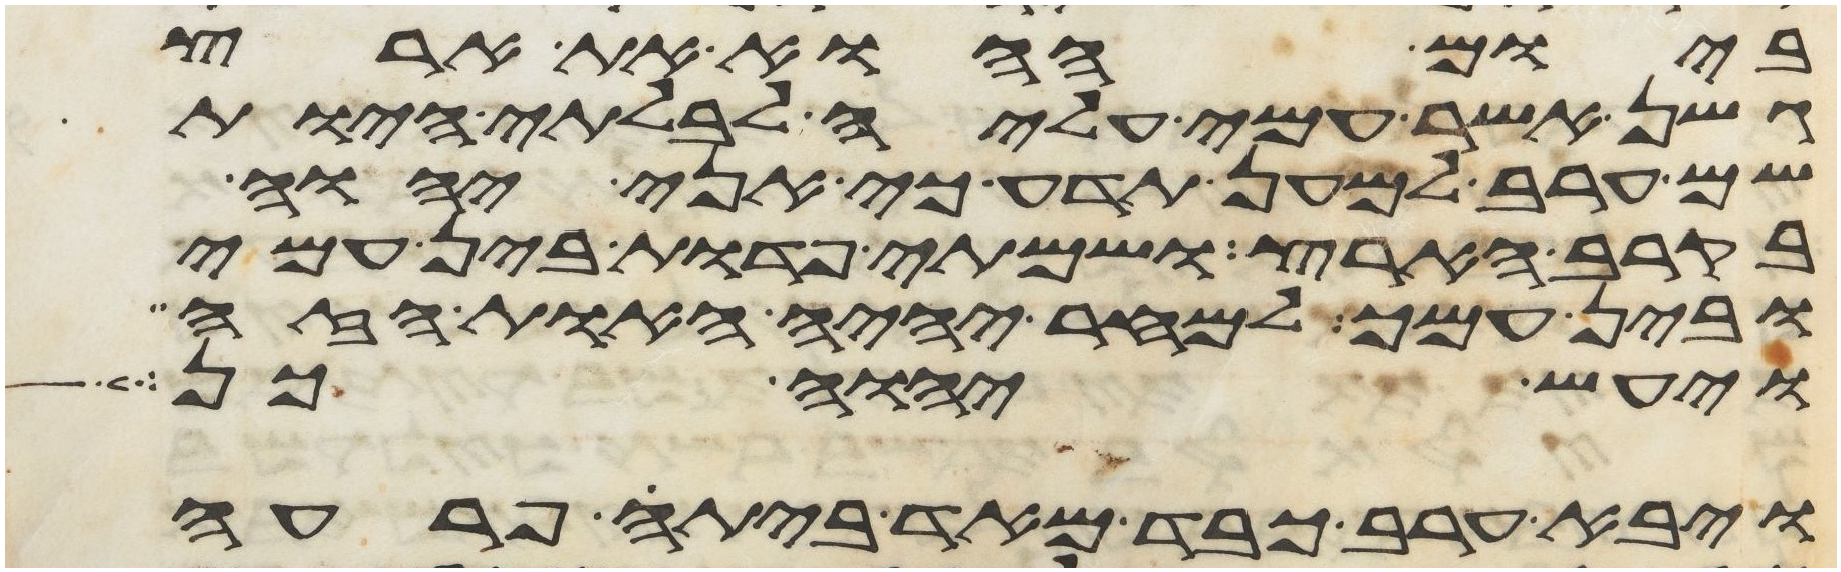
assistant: ביום ההוא את ארץ
גשן אשר עמי עמד עליה לבלתי היות
שם ערב למען תדע כי אני יהוה
בקרב הארץ ושמתי פדות בין עמי
ובין עמך למחר יהיה האות הזה
ויעש יהוה כן
ויבא ערב כבד מאד ביתה פרעה